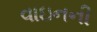
વાઇનની